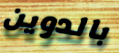
بالدوين